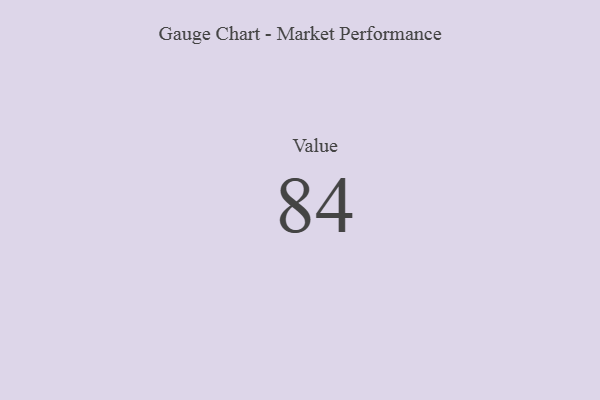
{"axis": {"x": "Metric", "y": "Value"}, "legend": [""], "data": [{"x": "Value", "y": 84, "type": ""}]}